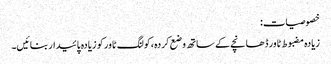
خصوصیات:
زیادہ مضبوط ٹاور ڈھانچے کے ساتھ وضع کردہ ،کولنگ ٹاور کو زیادہ پائیدار بنائیں۔